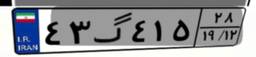
۴۳گ۴۱۵۲۸